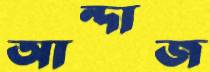
আন্দাজ